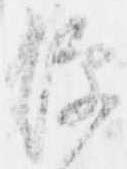
便